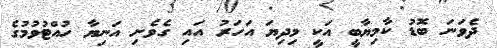
ދެވަނަ ބޮޑު ކާމިޔާބީ އަކީ މިދިޔަ އަހަރު އައި ގެވެށި އަނިޔާ ހުއްޓުވުމުގެ